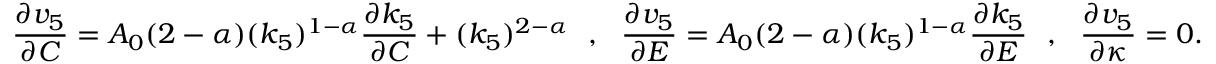
\frac { \partial v _ { 5 } } { \partial C } = A _ { 0 } ( 2 - \alpha ) ( k _ { 5 } ) ^ { 1 - \alpha } \frac { \partial k _ { 5 } } { \partial C } + ( k _ { 5 } ) ^ { 2 - \alpha } ~ ~ , ~ ~ \frac { \partial v _ { 5 } } { \partial E } = A _ { 0 } ( 2 - \alpha ) ( k _ { 5 } ) ^ { 1 - \alpha } \frac { \partial k _ { 5 } } { \partial E } ~ ~ , ~ ~ \frac { \partial v _ { 5 } } { \partial \kappa } = 0 .